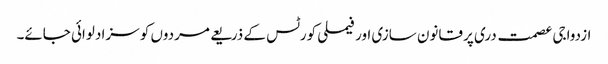
ازدواجی عصمت دری پر قانون سازی اور فیملی کورٹس کے ذریعے مردوں کو سزا دلوائی جائے۔